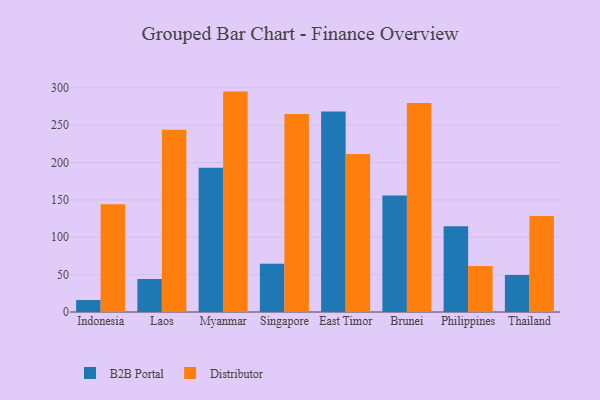
{"axis": {"x": "Country", "y": "LTV (USD)"}, "legend": ["B2B Portal", "Distributor"], "data": [{"x": "Indonesia", "y": 16.1, "type": "B2B Portal"}, {"x": "Indonesia", "y": 144.3, "type": "Distributor"}, {"x": "Laos", "y": 44.2, "type": "B2B Portal"}, {"x": "Laos", "y": 244.0, "type": "Distributor"}, {"x": "Myanmar", "y": 192.9, "type": "B2B Portal"}, {"x": "Myanmar", "y": 294.9, "type": "Distributor"}, {"x": "Singapore", "y": 64.5, "type": "B2B Portal"}, {"x": "Singapore", "y": 265.0, "type": "Distributor"}, {"x": "East Timor", "y": 268.3, "type": "B2B Portal"}, {"x": "East Timor", "y": 211.5, "type": "Distributor"}, {"x": "Brunei", "y": 155.8, "type": "B2B Portal"}, {"x": "Brunei", "y": 279.6, "type": "Distributor"}, {"x": "Philippines", "y": 114.9, "type": "B2B Portal"}, {"x": "Philippines", "y": 61.6, "type": "Distributor"}, {"x": "Thailand", "y": 49.6, "type": "B2B Portal"}, {"x": "Thailand", "y": 128.6, "type": "Distributor"}]}